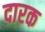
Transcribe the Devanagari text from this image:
दारक